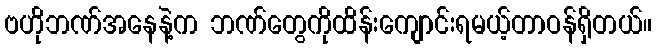
ဗဟိုဘဏ်အနေနဲ့က ဘဏ်တွေကိုထိန်းကျောင်းရမယ့်တာဝန်ရှိတယ်။